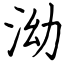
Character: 泑